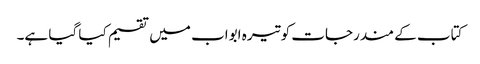
کتاب کے مندرجات کو تیرہ ابواب میں تقسیم کیا گیا ہے۔